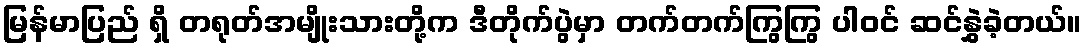
မြန်မာပြည် ရှိ တရုတ်အမျိုးသားတို့က ဒီတိုက်ပွဲမှာ တက်တက်ကြွကြွ ပါဝင် ဆင်နွှဲခဲ့တယ်။